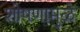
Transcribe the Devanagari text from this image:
शोषणामुळे